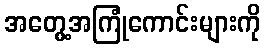
အတွေ့အကြုံကောင်းများကို